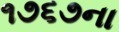
૧૭૬૭ના